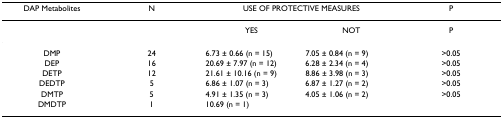
<table><thead><tr><td><b>DAP Metabolites</b></td><td><b>N</b></td><td colspan="2"><b>USE OF PROTECTIVE MEASURES</b></td><td><b>P</b></td></tr></thead><tbody><tr><td></td><td></td><td>YES</td><td>NOT</td><td>P</td></tr><tr><td>DMP</td><td>24</td><td>6.73 ± 0.66 (n = 15)</td><td>7.05 ± 0.84 (n = 9)</td><td>&gt;0.05</td></tr><tr><td>DEP</td><td>16</td><td>20.69 ± 7.97 (n = 12)</td><td>6.28 ± 2.34 (n = 4)</td><td>&gt;0.05</td></tr><tr><td>DETP</td><td>12</td><td>21.61 ± 10.16 (n = 9)</td><td>8.86 ± 3.98 (n = 3)</td><td>&gt;0.05</td></tr><tr><td>DEDTP</td><td>5</td><td>6.86 ± 1.07 (n = 3)</td><td>6.87 ± 1.27 (n = 2)</td><td>&gt;0.05</td></tr><tr><td>DMTP</td><td>5</td><td>4.91 ± 1.35 (n = 3)</td><td>4.05 ± 1.06 (n = 2)</td><td>&gt;0.05</td></tr><tr><td>DMDTP</td><td>1</td><td>10.69 (n = 1)</td><td></td><td></td></tr></tbody></table>